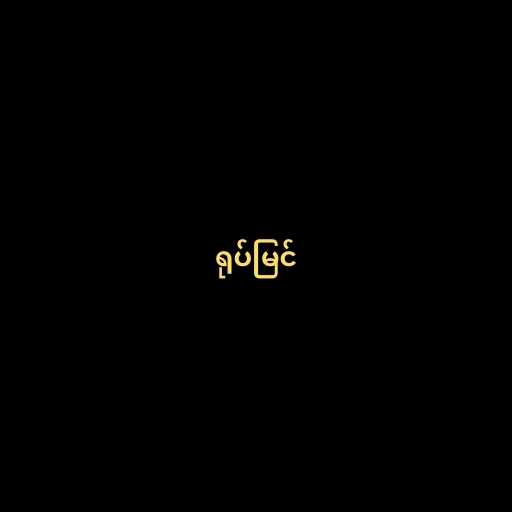
ရုပ်မြင်